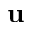
\textbf { u }